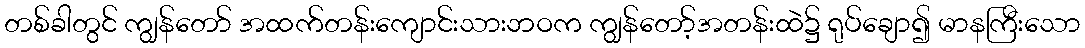
တစ်ခါတွင် ကျွန်တော် အထက်တန်းကျောင်းသားဘဝက ကျွန်တော့်အတန်းထဲ၌ ရုပ်ချော၍ မာနကြီးသော